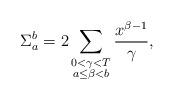
LaTeX: \begin{align*}\Sigma_{a}^{b}= 2\sum_{\substack{0<\gamma<T \\ a \le \beta < b}} \frac{x^{\beta-1}}{\gamma},\end{align*}